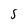
Character: S